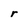
Character: r